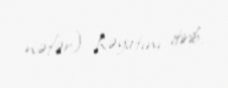
nəfər) həyatını itirib.